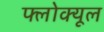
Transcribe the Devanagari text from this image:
फ्लोक्यूल